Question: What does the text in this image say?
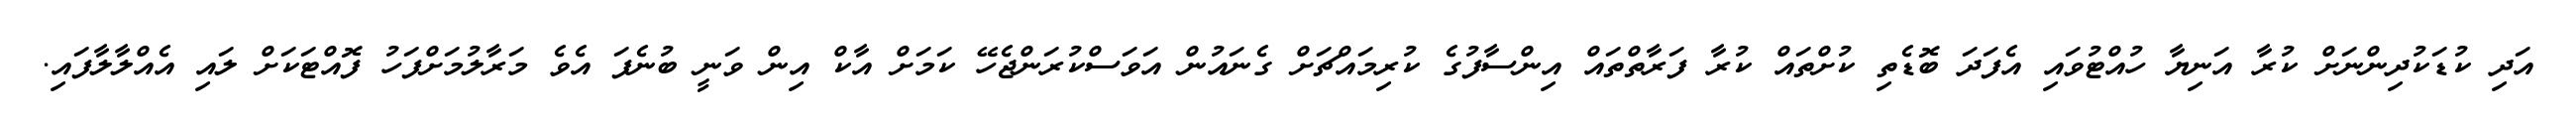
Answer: އަދި ކުޑަކުދިންނަށް ކުރާ އަނިޔާ ހުއްޓުވައި އެފަދަ ބޮޑެތި ކުށްތައް ކުރާ ފަރާތްތައް އިންސާފުގެ ކުރިމައްޗަށް ގެނައުން އަވަސްކުރަންޖެހޭ ކަމަށް އާކް އިން ވަނީ ބުނެފަ އެވެ މަރާލުމަށްފަހު ފޮއްޓަކަށް ލައި އެއްލާލާފައި.